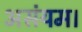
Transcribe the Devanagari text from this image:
असंयम।